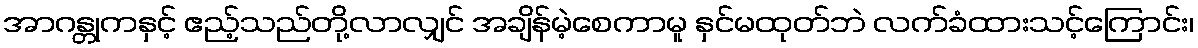
အာဂန္တုကနှင့် ဧည့်သည်တို့လာလျှင် အချိန်မဲ့စေကာမူ နှင်မထုတ်ဘဲ လက်ခံထားသင့်ကြောင်း၊